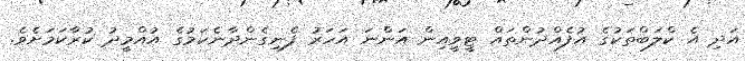
އަދި އެ ކްލަބްތަކުގެ އުފެއްދުންތައް ޓީވީއިން އަންނަ އަހަރު ފެނިގެންދާނެކަމުގެ އުއްމީދު ކުރާކަމަށެވެ.